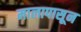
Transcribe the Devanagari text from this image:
मालापासून